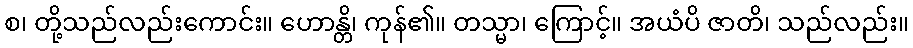
စ၊ တို့သည်လည်းကောင်း။ ဟောန္တိ၊ ကုန်၏။ တသ္မာ၊ ကြောင့်။ အယံပိ ဇာတိ၊ သည်လည်း။